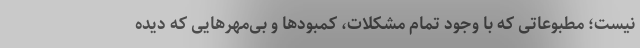
نیست؛ مطبوعاتی که با وجود تمام مشکلات، کمبودها و بی‌مهرهایی که دیده